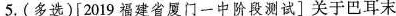
5.(多选)[2019福建省厦门一中阶段测试]关于巴耳末